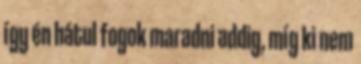
így én hátul fogok maradni addig, míg ki nem